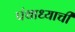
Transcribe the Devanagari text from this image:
पंचाध्याची